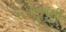
ધરમૂળથી